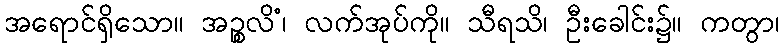
အရောင်ရှိသော။ အဉ္စလိံ၊ လက်အုပ်ကို။ သီရသိ၊ ဦးခေါင်း၌။ ကတွာ၊